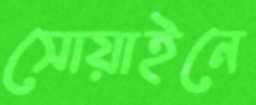
সোয়াইনে